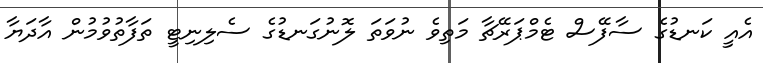
އެއީ ކަނޑުގެ ސާފޭސް ޓެމްޕަރޭޗާ މަތިވެ ނުވަތަ ލޮނުގަނޑުގެ ސެލިނިޓީ ތަފާތުވުމުން އާދަޔާ